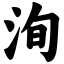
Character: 洵